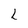
Character: L